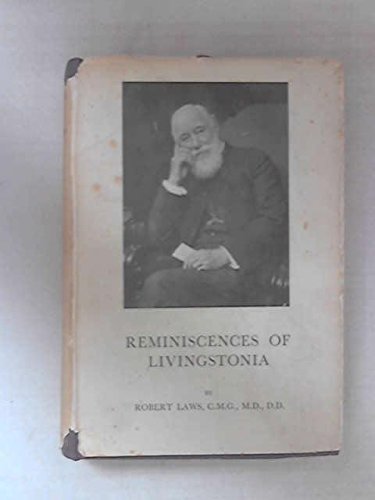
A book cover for Reminiscences of Livingstonia,; Robert Laws; Travel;